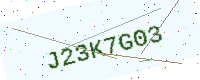
Text: J23K7G03